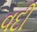
વદી